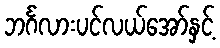
ဘင်္ဂလားပင်လယ်အော်နှင့်